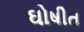
ઘોષીત